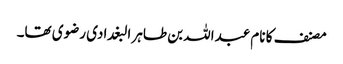
مصنف کا نام عبداللہ بن طاہر البغدادی رضوی تھا۔